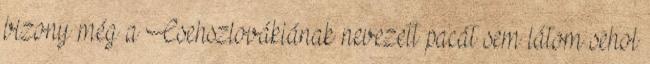
bizony még a Csehszlovákiának nevezett pacát sem látom sehol